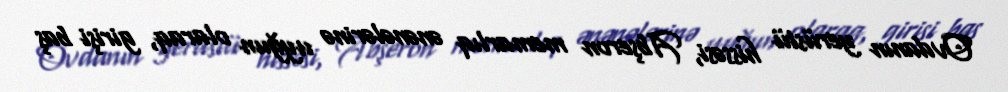
Ovdanın yerüstü hissəsi, Abşeron memarlıq ənənələrinə uyğun olaraq, girişi baş